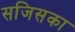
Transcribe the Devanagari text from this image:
सजिसका